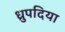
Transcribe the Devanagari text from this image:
ध्रुपदिया